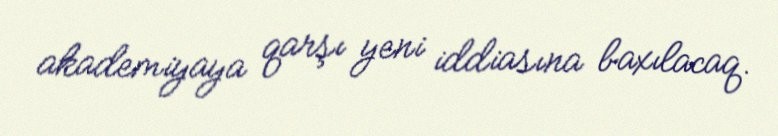
akademiyaya qarşı yeni iddiasına baxılacaq.